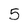
Character: 5